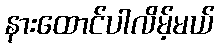
နားထောင်ပါလိမ့်မယ်